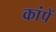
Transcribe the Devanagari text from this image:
कांपें